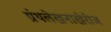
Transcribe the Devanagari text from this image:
ग्रंथलेखनाखेरीज